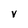
Character: V